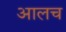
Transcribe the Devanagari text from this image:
आलच